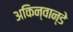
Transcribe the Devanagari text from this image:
अकिन्वान्डे